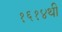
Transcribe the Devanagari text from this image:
१६१४थी